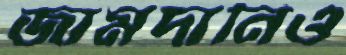
জামদানিও